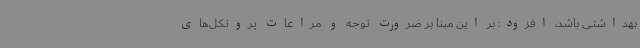
بهداشتی باشد، افزود: بر این مبنا بر ضرورت توجه و مراعات پروتکل‌های